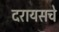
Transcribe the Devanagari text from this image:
दरायसचे